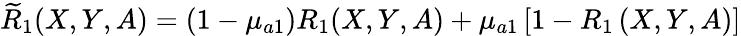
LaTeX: \widetilde{R}_{1}(X,Y,A)=(1-\mu_{a1})R_{1}(X,Y,A)+\mu_{a1}\left[1-R_{1}\left(X,Y,A\right)\right]